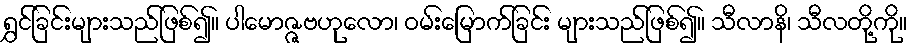
ရွှင်ခြင်းများသည်ဖြစ်၍။ ပါမောဇ္ဇဗဟုလော၊ ဝမ်းမြောက်ခြင်း များသည်ဖြစ်၍။ သီလာနိ၊ သီလတို့ကို။